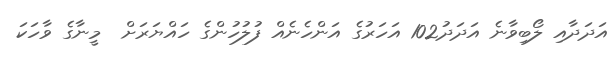
އަދަދާއި ލޯބިވާނެ އަދަދު102 އަހަރުގެ އަންހެނެއް ފުލުހުންގެ ހައްޔަރަށް  މީނާގެ ވާހަކަ